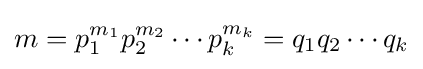
m=p_{1}^{m_{1}}p_{2}^{m_{2}}\cdots p_{k}^{m_{k}}=q_{1}q_{2}\cdots q_{k}